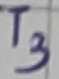
Text: T3